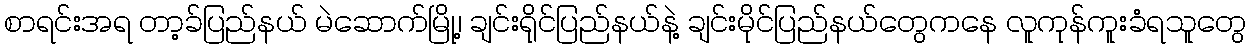
စာရင်းအရ တာ့ခ်ပြည်နယ် မဲဆောက်မြို့၊ ချင်းရိုင်ပြည်နယ်နဲ့ ချင်းမိုင်ပြည်နယ်တွေကနေ လူကုန်ကူးခံရသူတွေ